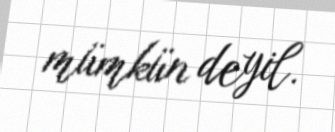
mümkün deyil.